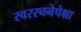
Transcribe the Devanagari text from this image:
स्वररचनेपेक्षा